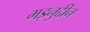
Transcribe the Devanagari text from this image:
मइनुद्दीन